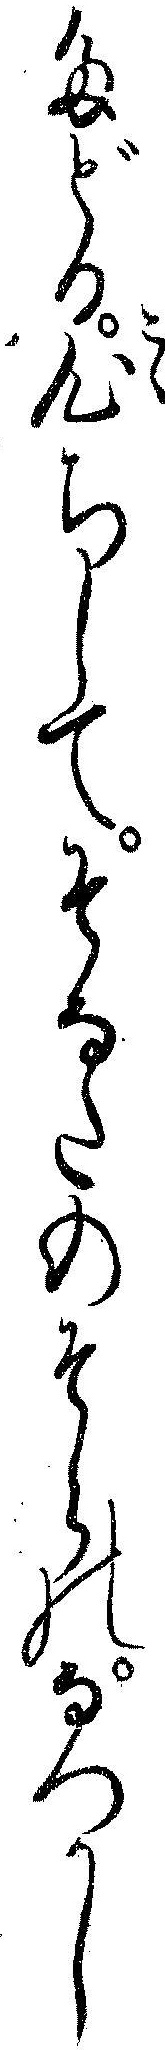
たどる心ちしてそなたのそらのなつかし